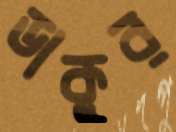
ডাকুর